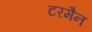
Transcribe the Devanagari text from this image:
टरमैन